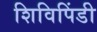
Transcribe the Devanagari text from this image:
शिविपिंडी